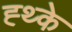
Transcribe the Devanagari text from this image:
ह्थ्के